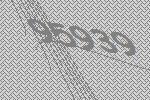
95939